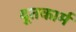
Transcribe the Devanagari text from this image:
दूतकार्म